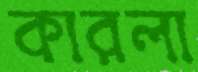
কারলা